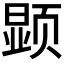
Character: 𲊿